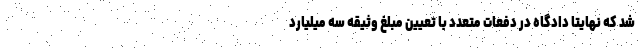
شد که نهایتا دادگاه در دفعات متعدد با تعیین مبلغ وثیقه سه میلیارد